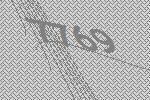
7769